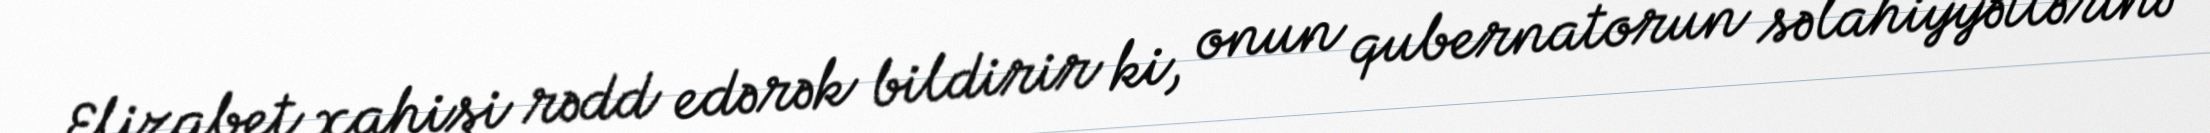
Elizabet xahişi rədd edərək bildirir ki, onun qubernatorun səlahiyyətlərinə